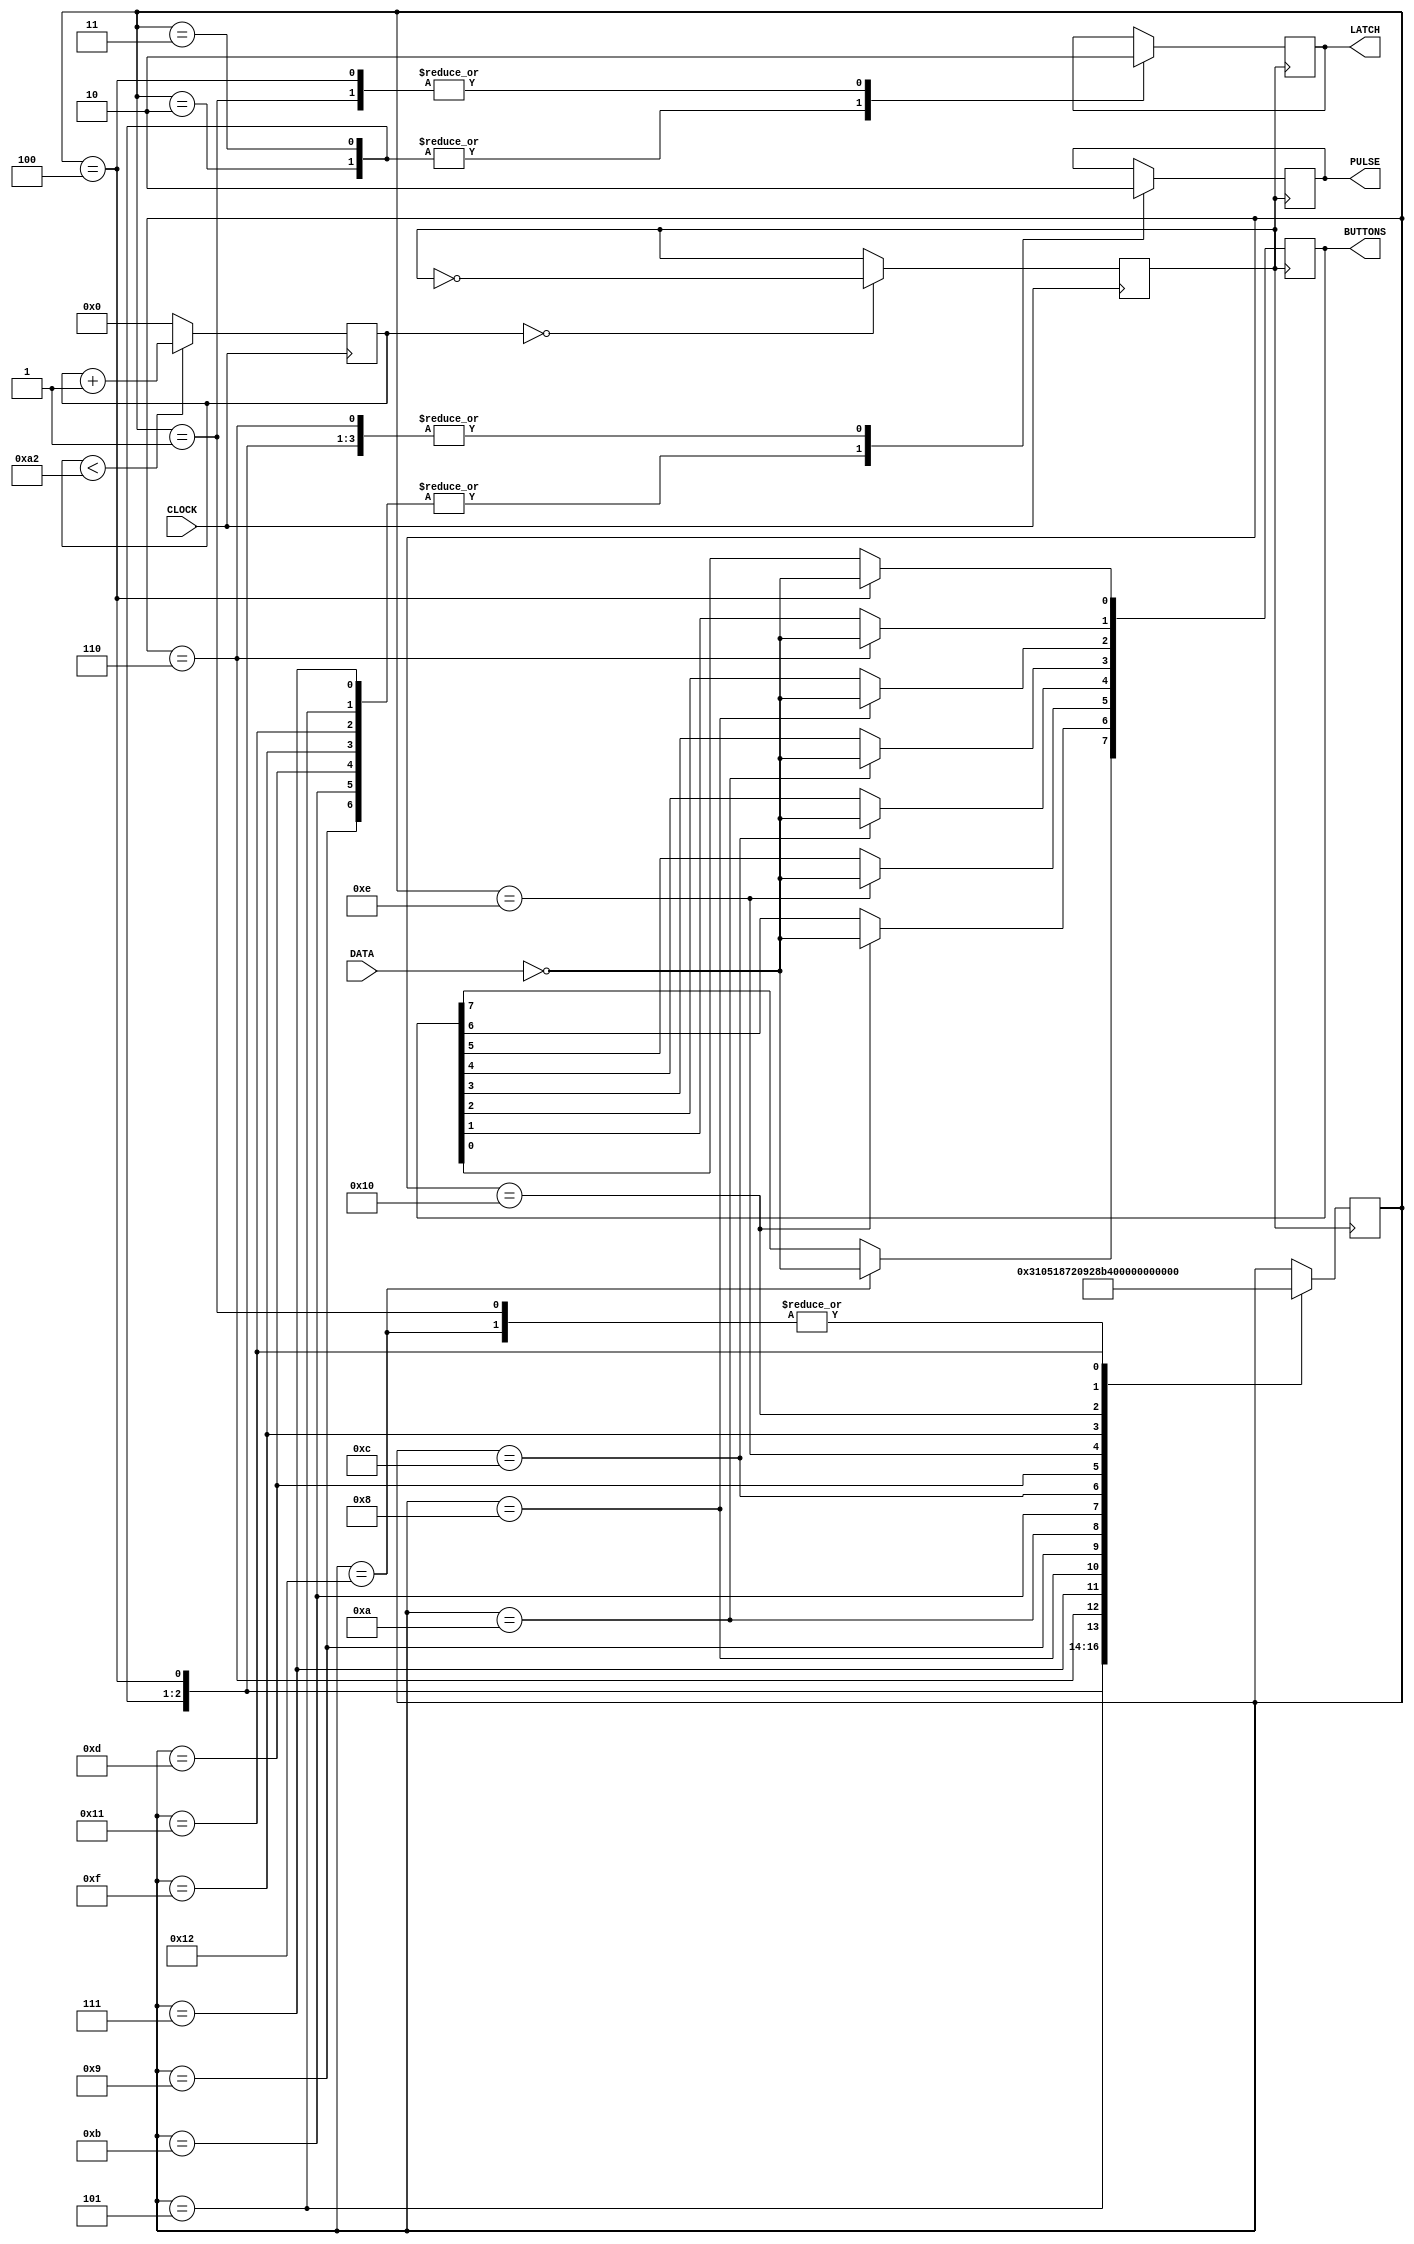
module nes_controller(
	LATCH,		// GPIO[x]
	DATA,			// GPIO[x]
	PULSE,      // GPIO[x]
	CLOCK,		// eg. CLOCK_50 (50MHz)
	BUTTONS     // Array of buttons
	);

//=======================================================
//  PORT declarations
//=======================================================
input  DATA;
input  CLOCK;

output        LATCH;
output        PULSE;
output [7:0] BUTTONS;

//=======================================================
//  REG/WIRE declarations
//=======================================================
reg [7:0]   buttons;        // Holds the buttons to be pressed
reg         latch;          // nes latch pin
reg         pulse;          // nes pulse pin
reg         nes_clock;      // Oscillates slower for nes
reg [17:0]  prescaler;      // For scaling down clock rate

// FSM
reg [5:0]   states;        // Keeps track of current state   

//=======================================================
//  Constant Variables
//=======================================================
//Constant variables named accordingly to the states
//18 states total 

//1 Init state
parameter NES_Init = 1;

//Latch
//3 states for the Latch (A button)
parameter Latch_ON_1 = 2;
parameter Latch_ON_2 = 3;
parameter Latch_OFF = 4;

//Pulses
//14 states for the pulses (B, Select, Start, Up, Down, Left, Right)
parameter ButtonB_ON = 5;
parameter ButtonB_OFF = 6; 
parameter ButtonSelect_ON = 7;
parameter ButtonSelect_OFF = 8;
parameter ButtonStart_ON = 9;
parameter ButtonStart_OFF = 10;
parameter ButtonUp_ON = 11;
parameter ButtonUp_OFF = 12;
parameter ButtonDown_ON = 13;
parameter ButtonDown_OFF = 14;
parameter ButtonLeft_ON = 15;
parameter ButtonLeft_OFF = 16;
parameter ButtonRight_ON = 17;
parameter ButtonRight_OFF = 18;

// For slowing down the clock by a certain factor
// TODO: Still need to check for optimal timing
parameter To_Tick = 12'h0A2;

//=======================================================
//  Structural coding
//=======================================================
assign LATCH = latch;
assign PULSE = pulse;
assign BUTTONS = buttons;

//Initialize variables
initial begin
	prescaler <= 0;
	nes_clock <= 0;
	latch <= 0;
	pulse <= 0;
	states <= NES_Init;
end

// Prescales CLOCK_50 to appropriate Hz for controller
always @ (posedge CLOCK)
begin
	// Slow down the clock by a certain factor
	// Still need to check for optimal timing
	if(prescaler < To_Tick)
		prescaler <= prescaler + 1;
	else
		prescaler <= 0;

	// Once prescaler reached count, oscillate clk
	if(prescaler == 0)
	begin
		nes_clock <= ~nes_clock;
	end
end

/*
* Runs whenever nes_clock ticks which would be counted by the prescaler loop above.
* Summary: State machine first latches on (1) for one full pulse period. After another tick,
  latch turns off (0) sending a bit stored in DATA, 1 for A not pressed, 0 for pressed (Active low). 
  Adjusted the bits so that 1 meant the button would be pressed for simplicity.
  After checking latch (A button), the pulse would oscillate on and off. 
  After every off, take in DATA to see if each button is pressed or not 
  Order of checks:(B, Select, Start, Up, Down, Left, Right)
  Each button excluding A, has 2 states (On and Off).
* Output: 8 bit register buttons stored with all the buttons
			buttons[0] = A 
			buttons[1] = B 
			buttons[2] = Select 
			buttons[3] = Start
			buttons[4] = Up
			buttons[5] = Down
			buttons[6] = Left
			buttons[7] = Right
			
			Example: b10010100 - Right, Up, and Select are pressed.
*/
always @ (posedge nes_clock)
begin

	//Transitions
	case(states)
		NES_Init :
			states <= Latch_ON_1;
			
		//Latch starts
		//Latch stays on for 2 states as it needs to keep the latch on for twice as longer than one pulse
		//Diagram shown on the notes
		Latch_ON_1 :
			states <= Latch_ON_2;
		Latch_ON_2 :
			states <= Latch_OFF;
		Latch_OFF :
			states <= ButtonB_ON;
		
		//Pulses
		ButtonB_ON :
			states <= ButtonB_OFF;
		ButtonB_OFF :
			states <= ButtonSelect_ON;
		
		ButtonSelect_ON :
			states <= ButtonSelect_OFF;
		ButtonSelect_OFF :
			states <= ButtonStart_ON;
		
		ButtonStart_ON :
			states <= ButtonStart_OFF;
		ButtonStart_OFF :
			states <= ButtonUp_ON;
		
		ButtonUp_ON :
			states <= ButtonUp_OFF;
		ButtonUp_OFF :
			states <= ButtonDown_ON;
			
		ButtonDown_ON :
			states <= ButtonDown_OFF;
		ButtonDown_OFF :
			states <= ButtonLeft_ON;
			
		ButtonLeft_ON :
			states <= ButtonLeft_OFF;
		ButtonLeft_OFF :
			states <= ButtonRight_ON;
			
		ButtonRight_ON :
			states <= ButtonRight_OFF;
		ButtonRight_OFF :
			states <= Latch_ON_1;
			
	endcase
	
	//Actions
	case(states)
		NES_Init : begin
			latch <= 0;
			pulse <= 0;
		end
		
		//Latch starts
		//Latch stays on for 2 states (two ticks), then off for 1 state (1 tick)
		//After going off, read in the Data for the A button, invert Data because
		//it is active low, meaning 1 would be button pressed.
		Latch_ON_1 : begin
			latch <= 1;
			pulse <= 0;
		end
		Latch_ON_2 : begin
			latch <= 1;
			pulse <= 0;
		end
		Latch_OFF : begin
			latch <= 0;
			pulse <= 0;
			buttons[0] <= ~DATA;
		end
		
		//Pulses start
		//On states have pulse as 1, off states has pulse as 0. After it pulses 0, read data in.
		ButtonB_ON :
			pulse <= 1;
		ButtonB_OFF : begin
			pulse <= 0;
			buttons[1] <= ~DATA;
		end
		
		ButtonSelect_ON :
			pulse <= 1;
		ButtonSelect_OFF : begin
			pulse <= 0;
			buttons[2] <= ~DATA;
		end
			
		ButtonStart_ON : 
			pulse <= 1;
		ButtonStart_OFF : begin
			pulse <= 0;
			buttons[3] <= ~DATA;
		end
		
		ButtonUp_ON :
			pulse <= 1;
		ButtonUp_OFF : begin
			pulse <= 0;
			buttons[4] <= ~DATA;
		end
			
		ButtonDown_ON :
			pulse <= 1;
		ButtonDown_OFF : begin
			pulse <= 0;
			buttons[5] <= ~DATA;
		end
			
		ButtonLeft_ON :
			pulse <= 1;
		ButtonLeft_OFF : begin
			pulse <= 0;
			buttons[6] <= ~DATA;
		end
		
		ButtonRight_ON :
			pulse <= 1;
		ButtonRight_OFF : begin
			pulse <= 0;
			buttons[7] <= ~DATA;
		end
		
	endcase
end

endmodule